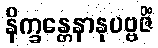
နိက္ခန္တေနာနုပဗ္ဗဇိံ